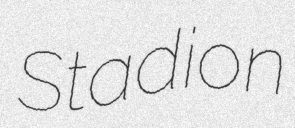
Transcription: Stadion